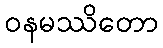
ဝနမဿိတော